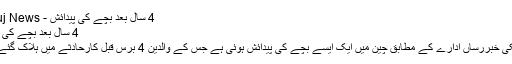
4 سال بعد بچے کی پیدائش - Khouj News
4 سال بعد بچے کی پیدائش
غیرملکی خبررساں ادارے کے مطابق چین میں ایک ایسے بچے کی پیدائش ہوئی ہے جس کے والدین 4 برس قبل کارحادثے میں ہلاک گئے تھے۔